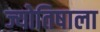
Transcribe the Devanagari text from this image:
ज्योतिषाला